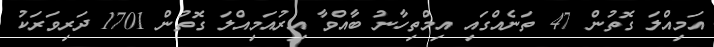
އަމިއްލަ ގޮތުން 47 ތަނެއްގައި އިމްތިހާނު ބާއްވާ އިރުއަމިއްލަ ގޮތުން 1701 ދަރިވަރަކު